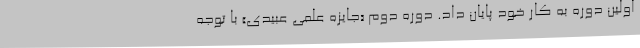
اولین دوره به کار خود پایان داد. دوره دوم «جایزه علمی عبیدی» با توجه